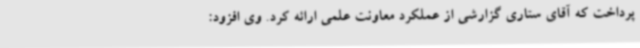
پرداخت که آقای ستاری گزارشی از عملکرد معاونت علمی ارائه کرد. وی افزود: